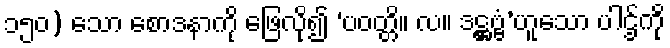
၁၅၀) သော စောဒနာကို ဖြေလို၍ ‘ပဝတ္တိ။ လ။ ဒဋ္ဌဗ္ဗံ’ဟူသော ပါဌ်ကို